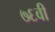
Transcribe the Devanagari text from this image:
७६वी